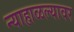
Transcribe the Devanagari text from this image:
न्याहाळल्यावर